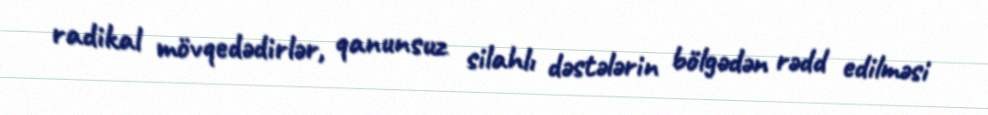
radikal mövqedədirlər, qanunsuz silahlı dəstələrin bölgədən rədd edilməsi